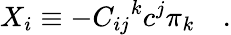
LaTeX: X_{i}\equiv-{C_{ij}}^{k}c^{j}\pi_{k}\quad.